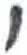
אות: י